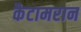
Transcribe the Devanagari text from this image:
कैटामरान